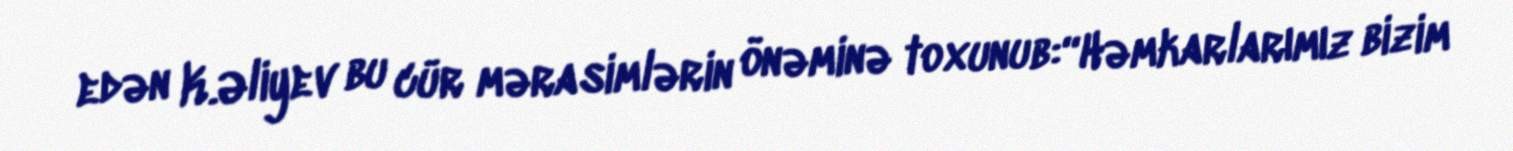
edən K.Əliyev bu cür mərasimlərin önəminə toxunub:“Həmkarlarımız bizim